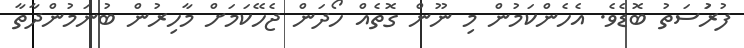
ފުރުަސަތު ބޮޑެވެ. އެހެންކަމުން މި ނޫން ގޮތެއް ހޯދަން ޖެހޭކަމަށް މާހިރުން ބުނަމުންދާތާ